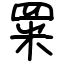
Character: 䍘